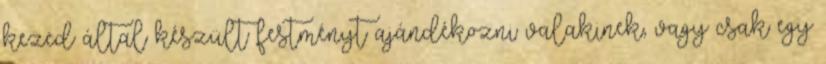
kezed által készült festményt ajándékozni valakinek, vagy csak egy